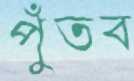
পুঁতব